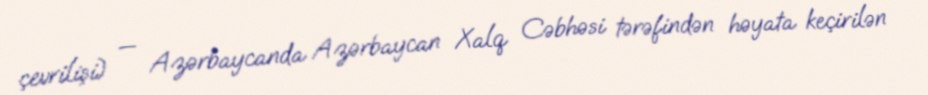
çevrilişi) — Azərbaycanda Azərbaycan Xalq Cəbhəsi tərəfindən həyata keçirilən